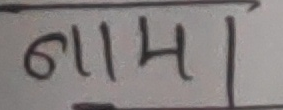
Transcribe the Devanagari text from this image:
६११४